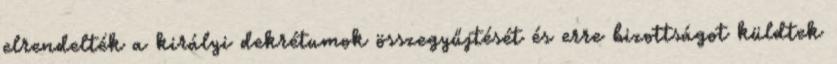
elrendelték a királyi dekrétumok összegyűjtését és erre bizottságot küldtek